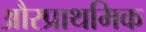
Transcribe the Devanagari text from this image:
औरप्राथमिक